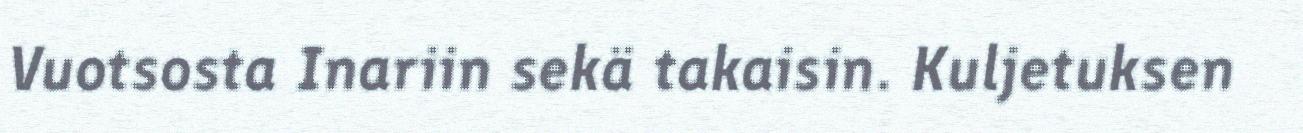
Vuotsosta Inariin sekä takaisin. Kuljetuksen